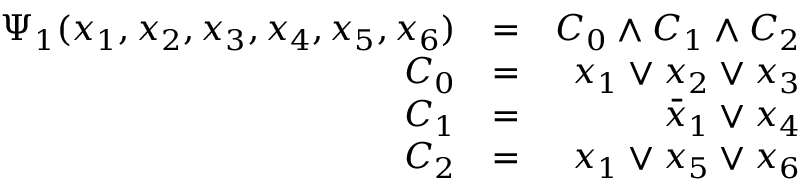
\begin{array} { r l r } { \Psi _ { 1 } ( x _ { 1 } , x _ { 2 } , x _ { 3 } , x _ { 4 } , x _ { 5 } , x _ { 6 } ) } & { = } & { C _ { 0 } \wedge C _ { 1 } \wedge C _ { 2 } } \\ { C _ { 0 } } & { = } & { x _ { 1 } \vee x _ { 2 } \vee x _ { 3 } } \\ { C _ { 1 } } & { = } & { \bar { x } _ { 1 } \vee x _ { 4 } } \\ { C _ { 2 } } & { = } & { x _ { 1 } \vee x _ { 5 } \vee x _ { 6 } } \end{array}